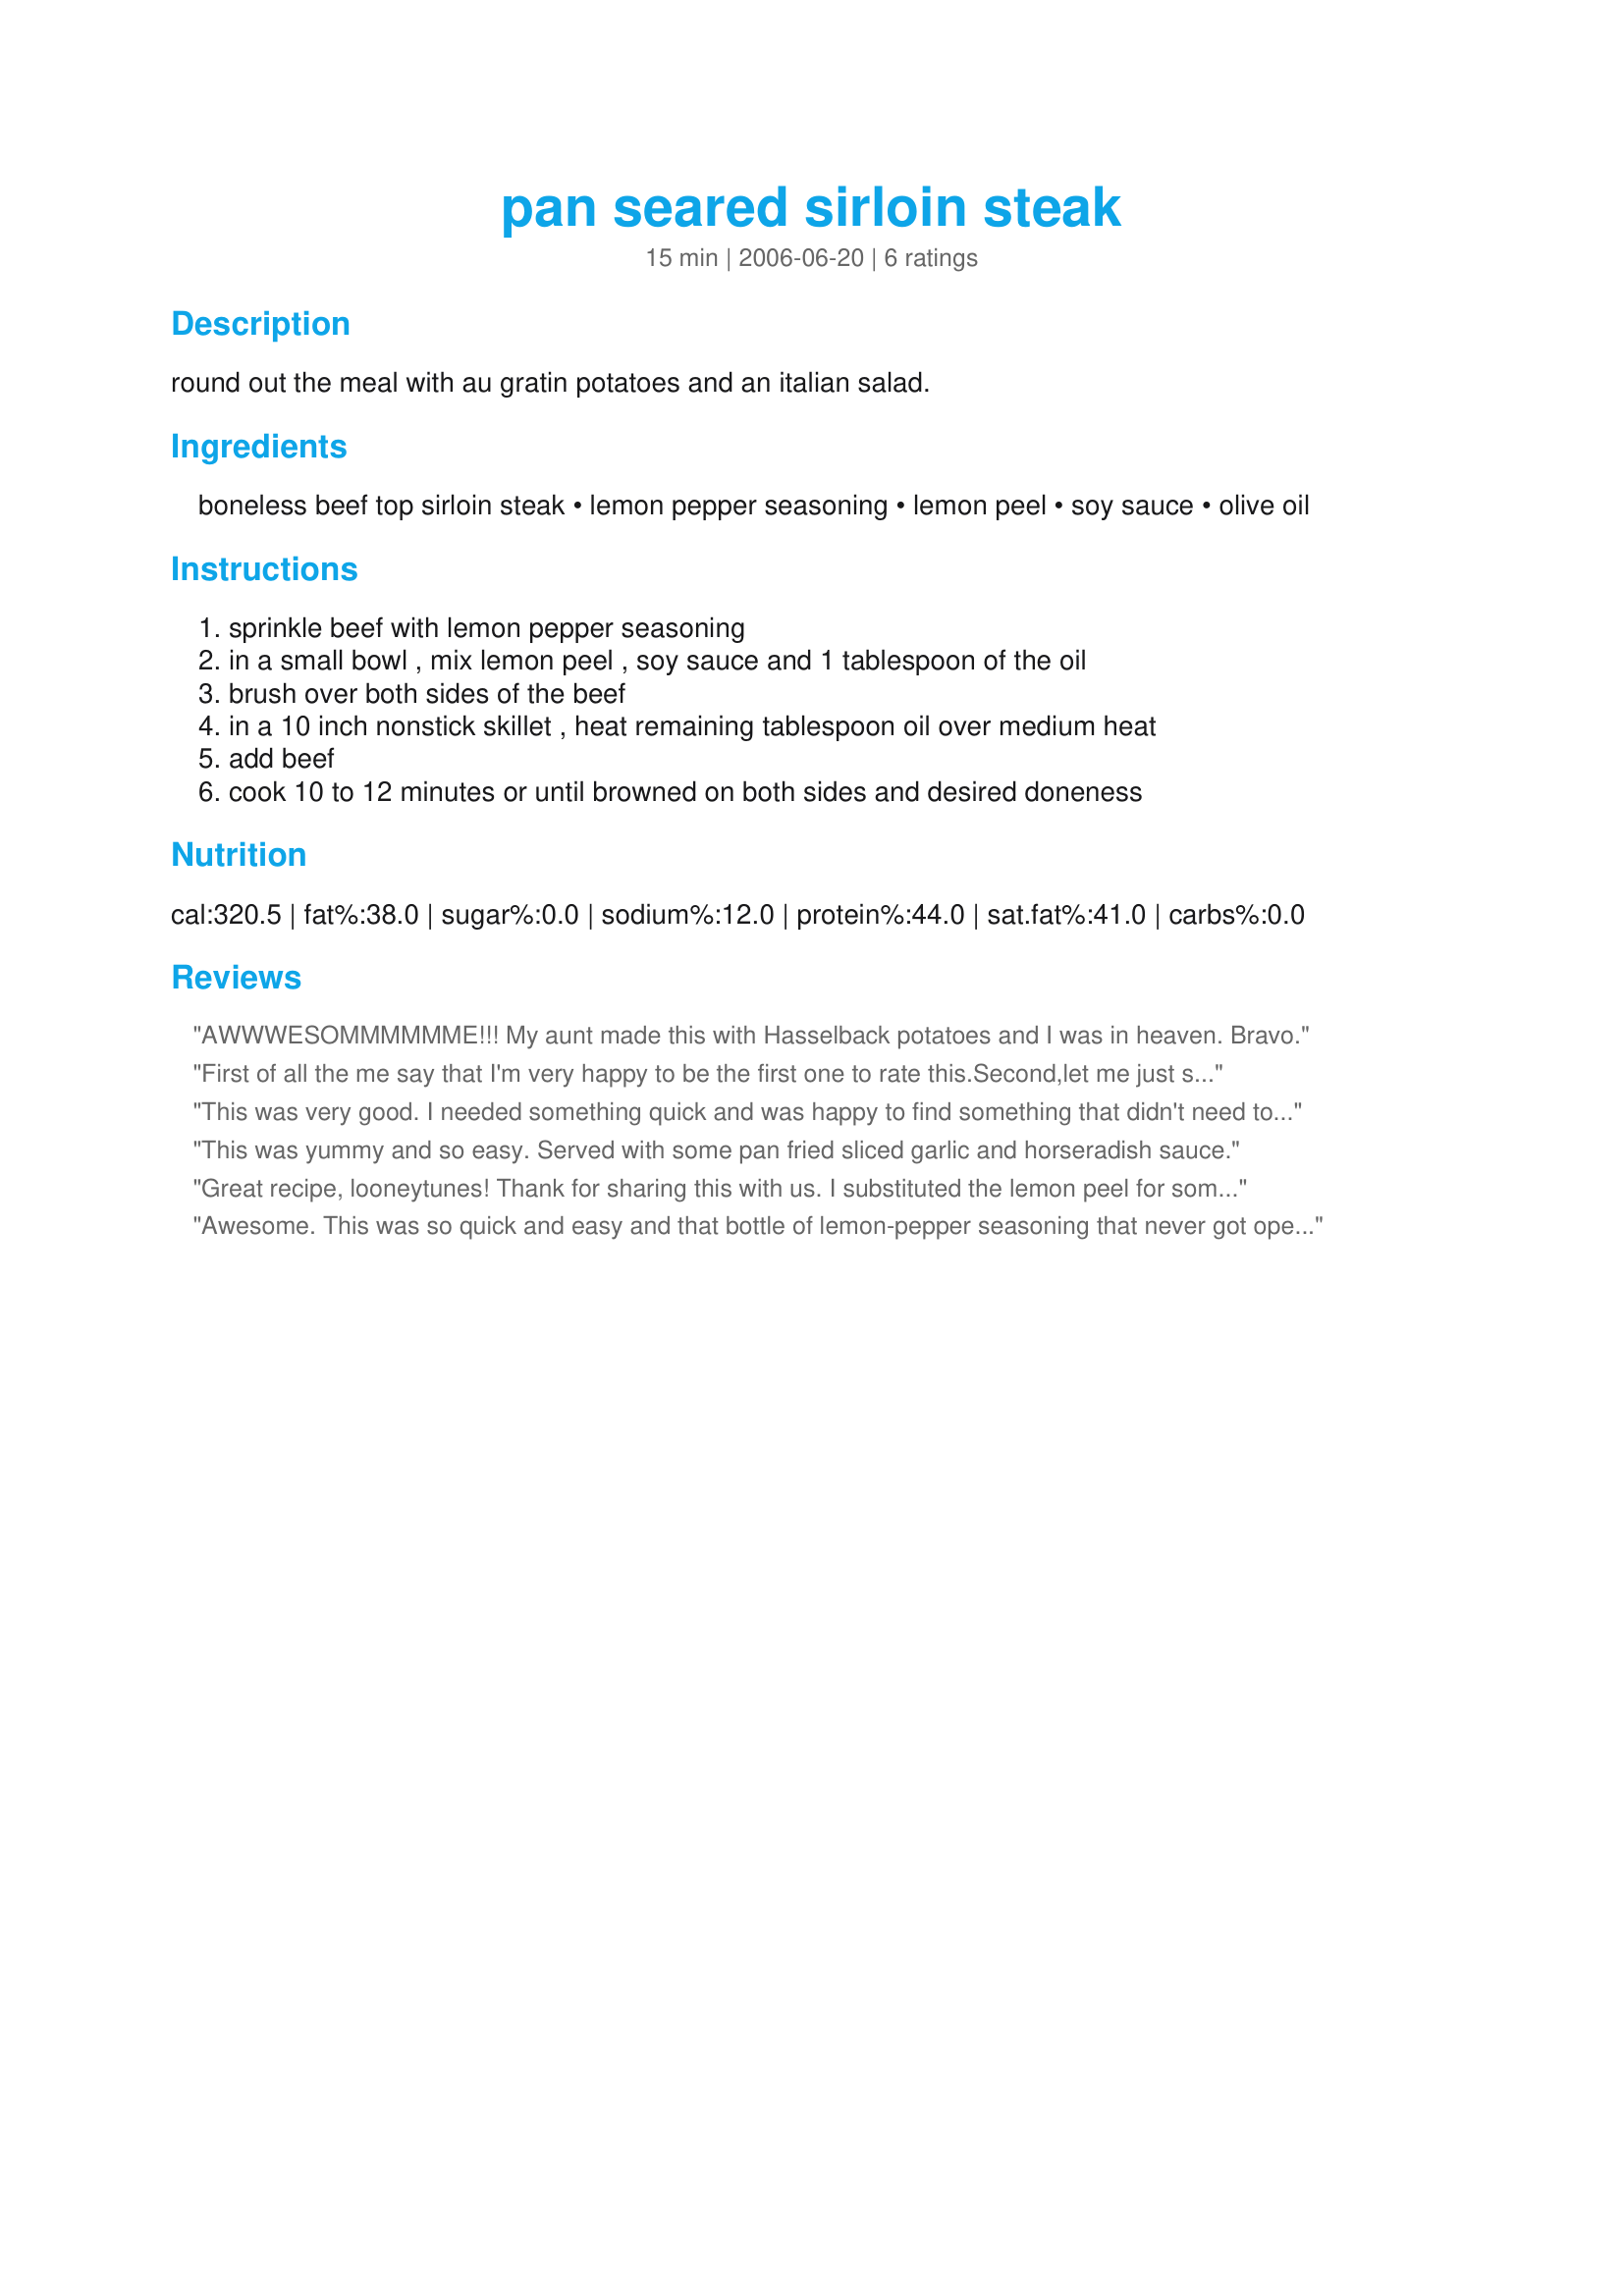
pan seared sirloin steak
Preparation time: 15 minutes

round out the meal with au gratin potatoes and an italian salad.

Ingredients:
boneless beef top sirloin steak, lemon pepper seasoning, lemon peel, soy sauce, olive oil

Steps:
sprinkle beef with lemon pepper seasoning, in a small bowl , mix lemon peel , soy sauce and 1 tablespoon of the oil, brush over both sides of the beef, in a 10 inch nonstick skillet , heat remaining tablespoon oil over medium heat, add beef, cook 10 to 12 minutes or until browned on both sides and desired doneness

Reviews:
AWWWESOMMMMMME!!!

My aunt made this with Hasselback potatoes and I was in heaven. Bravo.
 First of all the me say that I'm very happy to be the first one to rate this.Second,let me just say that this steak was just unbelievable.My SO doesn't care for seasoning on his steaks, so I just lightly seasoned each side of my steak with the lemon-pepper and kept everything else the same.I like my steaks medium-well and 10 to 15 minutes cooking time was just fine.If I could give this more than 5 stars I most certainly would."THANK YOU SO MUCH" for posting.
This was very good. I needed something quick and was happy to find something that didn't need to marinate. I didn't measure the lemon pepper - just sprinkled it lightly on both sides of the steak. I think any more than that would've overpowered the steak flavor. Great week night dinner!
This was yummy and so easy. Served with some pan fried sliced garlic and horseradish sauce.
Great recipe, looneytunes! Thank for sharing this with us. I substituted the lemon peel for some orange peel for a different type of citrus-y flavor... I think I'll stick with the lemon peel next time!
Awesome. This was so quick and easy and that bottle of lemon-pepper seasoning that never got opened was put to good use last night. I would highly recommend this preparation to anyone. This is how I'll be cooking many a steak in the future. Thanks Looneytunes.
